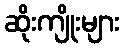
ဆိုးကျိုးများ